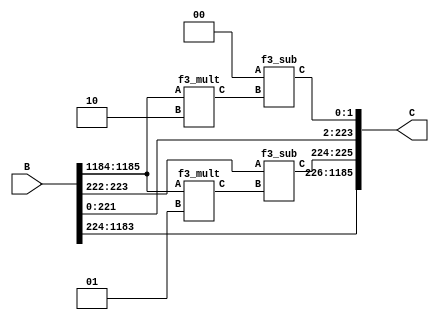
`define M     593         // M is the degree of the irreducible polynomial
`define WIDTH (2*`M-1)    // width for a GF(3^M) element
`define WIDTH_D0 1187
`define M     593         // M is the degree of the irreducible polynomial
`define WIDTH (2*`M-1)    // width for a GF(3^M) element
`define WIDTH_D0 1187
`define M     593         // M is the degree of the irreducible polynomial
`define WIDTH (2*`M-1)    // width for a GF(3^M) element
`define WIDTH_D0 1187
`define M     593         // M is the degree of the irreducible polynomial
`define WIDTH (2*`M-1)    // width for a GF(3^M) element
`define WIDTH_D0 1187
`define M     593         // M is the degree of the irreducible polynomial
`define WIDTH (2*`M-1)    // width for a GF(3^M) element
`define WIDTH_D0 1187

module mod_p(B, C);
    input [`WIDTH:0] B;
    output [`WIDTH:0] C;
    wire [`WIDTH+2:0] A;
    assign A = {B[`WIDTH:0], 2'd0}; // A == B*x
    wire [1:0] w0;
    f3_mult m0 (A[1187:1186], 2'd2, w0);
    f3_sub s0 (A[1:0], w0, C[1:0]);
    assign C[223:2] = A[223:2];
    wire [1:0] w112;
    f3_mult m112 (A[1187:1186], 2'd1, w112);
    f3_sub s112 (A[225:224], w112, C[225:224]);
    assign C[1185:226] = A[1185:226];
endmodule
module f3_sub(A, B, C);
    input [1:0] A, B;
    output [1:0] C;
    f3_add a0(A, {B[0],B[1]}, C);
endmodule
module f3_mult(A, B, C); 
    input [1:0] A;
    input [1:0] B; 
    output [1:0] C;
    wire a0, a1, b0, b1;
    assign {a1, a0} = A;
    assign {b1, b0} = B;
    assign C[0] = (~a1 & a0 & ~b1 & b0) | (a1 & ~a0 & b1 & ~b0);
    assign C[1] = (~a1 & a0 & b1 & ~b0) | (a1 & ~a0 & ~b1 & b0);
endmodule

module f3_add(A, B, C);
    input [1:0] A, B;
    output [1:0] C;
    wire a0, a1, b0, b1, c0, c1;
    assign {a1, a0} = A;
    assign {b1, b0} = B;
    assign C = {c1, c0};
    assign c0 = ( a0 & ~a1 & ~b0 & ~b1) |
                (~a0 & ~a1 &  b0 & ~b1) |
                (~a0 &  a1 & ~b0 &  b1) ;
    assign c1 = (~a0 &  a1 & ~b0 & ~b1) |
                ( a0 & ~a1 &  b0 & ~b1) |
                (~a0 & ~a1 & ~b0 &  b1) ;
endmodule